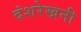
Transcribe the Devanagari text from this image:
दंशरेखनी